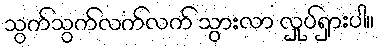
သွက်သွက်လက်လက် သွားလာ လှုပ်ရှားပါ။